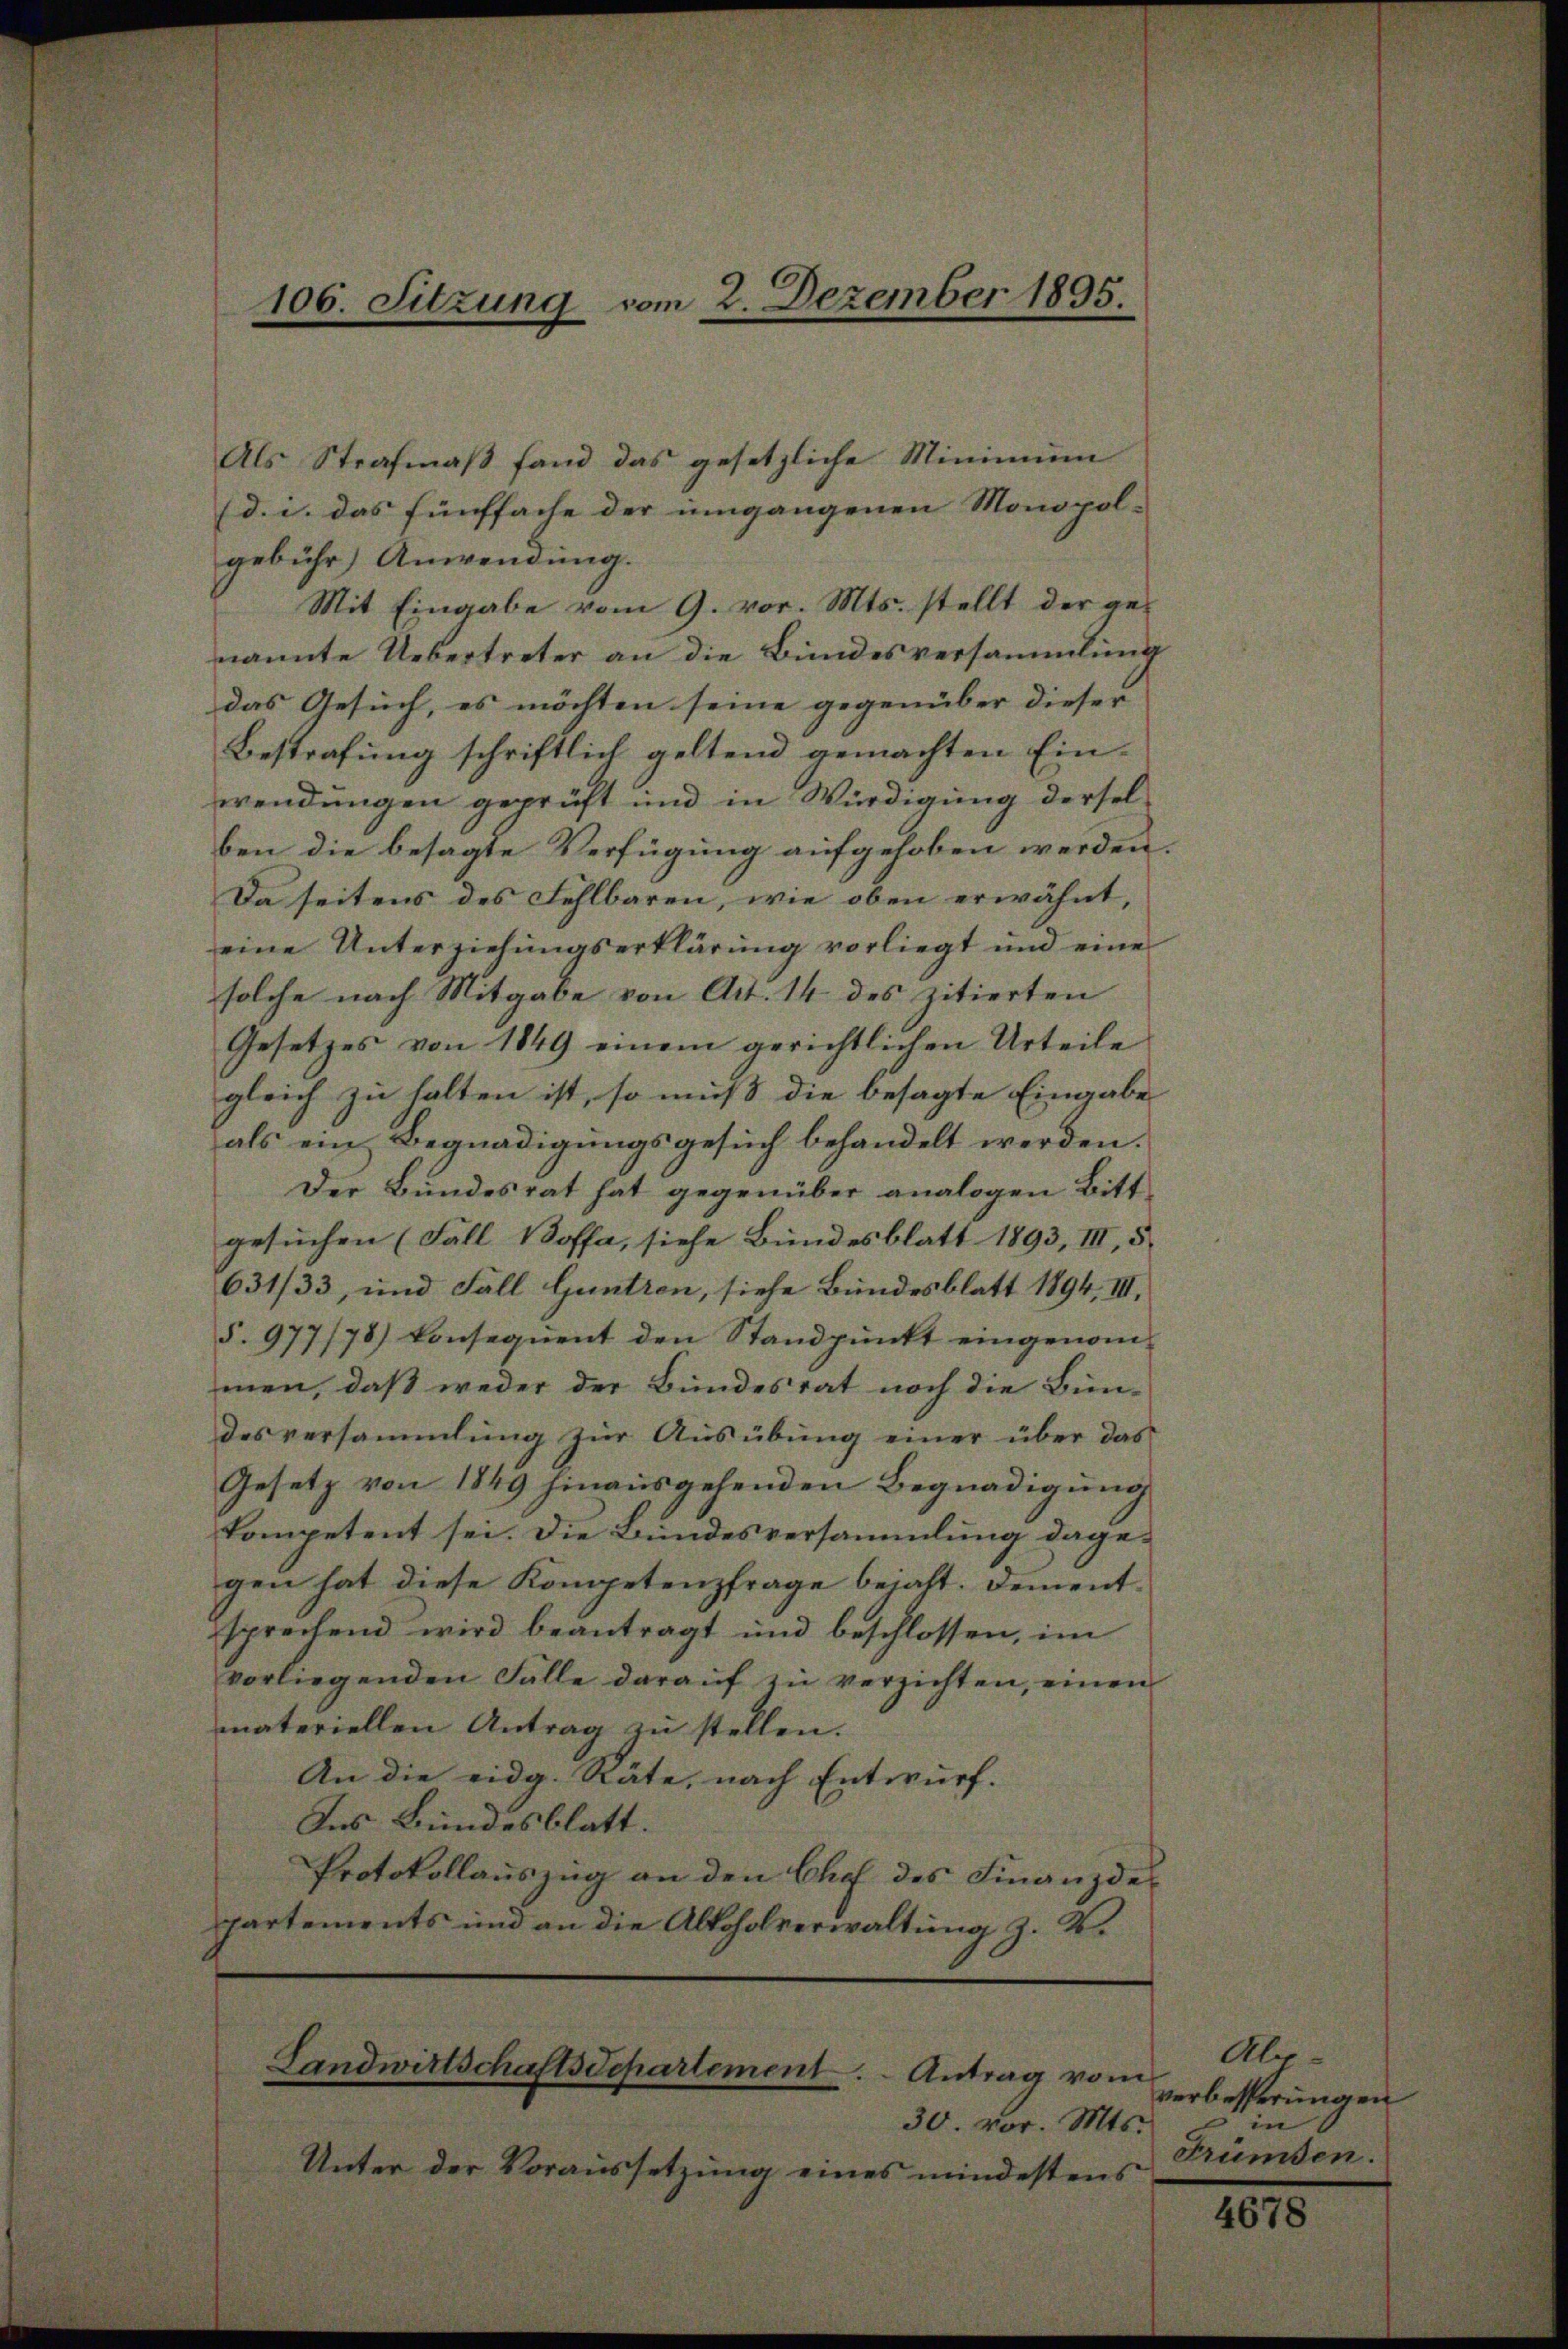
106. Sitzung vom 2. Dezember 1895.

Als Strafmaβ fand das gesetzliche Minimŭm
(d. i. das fünffache der umgangenen Monopol-
gebühr) Anwendung.
Mit Eingabe vom 9. vor. Mts. stellt der genannte Uebertreter an die Bundesversammlung
das Gesuch, es möchten seine gegenüber dieser
Bestrafung schriftlich geltend gemachten Einwendungen geprüft und in Würdigung derselben die besagte Verfügung aufgehoben werden.
Da seitens des Fehlbaren, wie oben erwähnt,
eine Unterziehŭngserklärŭng vorliegt und eine
solche nach Mitgabe von Art. 14 des zitierten
Gesetzes von 1849 einem gerichtlichen Urteile
gleich zu halten ist, so muß die besagte Eingabe
als ein Begnadigungsgesuch behandelt werden.
Der Bundesrat hat gegenüber analogen Bitt
gesuchen (Fall Boffa, siehe Bundesblatt 1893, III, 5
631/33, und Fall Guntren, siehe Bundesblatt 1894, III,
§. 977/78) konsequent den Standpunkt eingenommen, daß weder der Bundesrat noch die Bun-
desversammlung zur Ausübung einer über das
Gesetz von 1849 hinausgehenden Begnadigung
kompetent sei. Die Bundesversammlung dagegen hat diese Kompetenzfrage beialt. Dementsprechend wird beantragt und beschlossen, im
vorliegenden Falle daraŭf zŭ verzichten, einen
materiellen Antrag zŭ stellen.
An die eidg. Räte, nach Entwurf.
Das Bundesblatt.
Protokollauszug an den Chef des Finanzdepartements und an die Alkoholverwaltung z. B.

Landwirtschaftsdepartement . ..  Antrag vom

30. vor. Mts.
Unter der Voraussetzung eines mindestens

Abe-
verbesserungen
 in
Frümsen.

4678